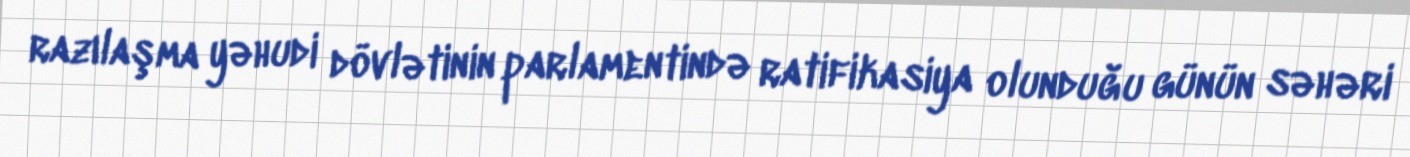
razılaşma yəhudi dövlətinin parlamentində ratifikasiya olunduğu günün səhəri